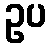
ဥပ